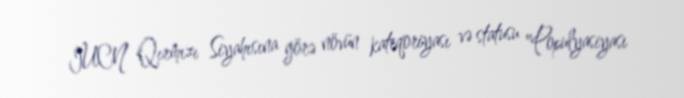
IUCN Qırmızı Siyahısına görə növün kateqoriyası və statusu "Populyasiyası